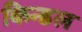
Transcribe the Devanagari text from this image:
किन्डल